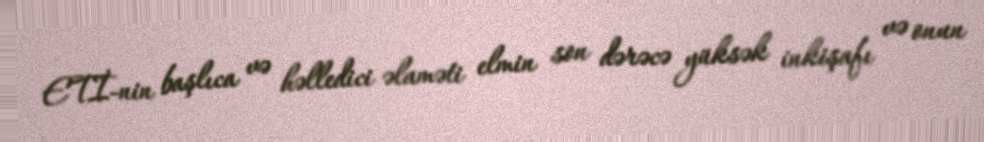
ETİ-nin başlıca və həlledici əlaməti elmin son dərəcə yüksək inkişafı və onun